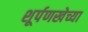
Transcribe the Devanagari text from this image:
शूर्पणखेच्या